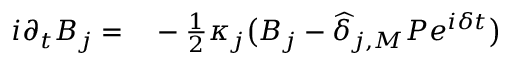
\begin{array} { r l } { i \partial _ { t } B _ { j } = } & { { } - \frac { 1 } { 2 } \kappa _ { j } \big ( B _ { j } - \widehat \delta _ { j , M } { \cal P } e ^ { i \delta t } \big ) } \end{array}